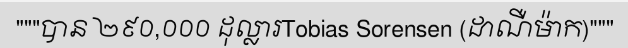
"""បាន ២៩០,០០០ ដុល្លារTobias Sorensen (ដាណឺម៉ាក)"""